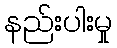
နည်းပါးမှု